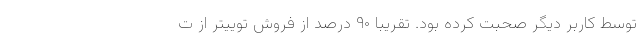
توسط کاربر دیگر صحبت کرده بود. تقریبا ۹۰ درصد از فروش توییتر از ت